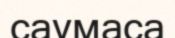
саумаса